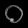
Digit: ၀